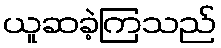
ယူဆခဲ့ကြသည်